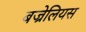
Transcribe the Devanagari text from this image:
बज्रेलियस